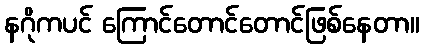
နဂိုကပင် ကြောင်တောင်တောင်ဖြစ်နေတာ။